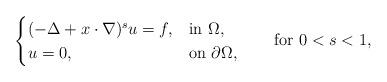
LaTeX: \begin{align*}\begin{cases}(-\Delta+x\cdot\nabla)^su=f,&\hbox{in}~\Omega,\\u=0,&\hbox{on}~\partial\Omega,\end{cases}\qquad\hbox{for}~0<s<1,\end{align*}